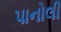
પાનોલી